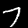
Label: 7